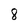
Character: 8